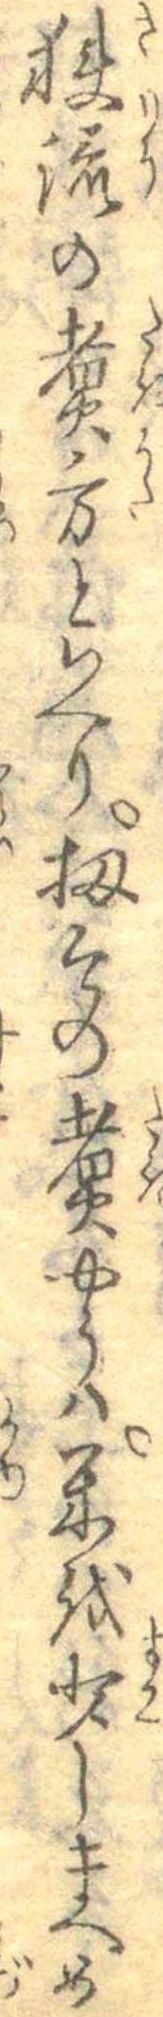
狭流の煮方といへり扨その煮やうは米を少しまへめ